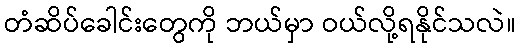
တံဆိပ်ခေါင်းတွေကို ဘယ်မှာ ဝယ်လို့ရနိုင်သလဲ။